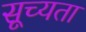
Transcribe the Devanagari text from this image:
सूच्यता